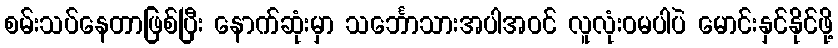
စမ်းသပ်နေတာဖြစ်ပြီး နောက်ဆုံးမှာ သင်္ဘောသားအပါအဝင် လူလုံးဝမပါပဲ မောင်းနှင်နိုင်ဖို့